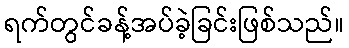
ရက်တွင်ခန့်အပ်ခဲ့ခြင်းဖြစ်သည်။